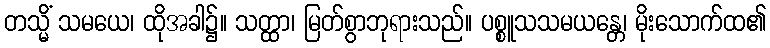
တသ္မိံ သမယေ၊ ထိုအခါ၌။ သတ္ထာ၊ မြတ်စွာဘုရားသည်။ ပစ္စူသသမယန္တေ၊ မိုးသောက်ထ၏